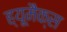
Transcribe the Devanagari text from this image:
ह्यूमैक्स